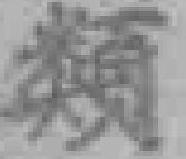
類